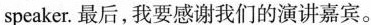
speaker.最后,我要感谢我们的演讲嘉宾。